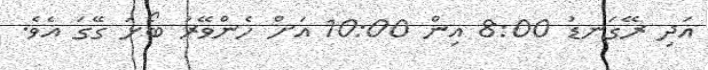
އަދި ރޭގަނޑު 8:00 އިން 10:00 އަށް ހެންވޭރު ބޯޅަ ގޭގަ އެވެ.